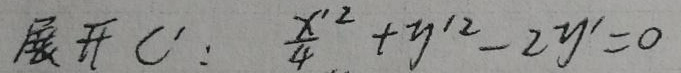
展开 \(C':\frac{x'^{2}}{4}+y'^{2}-2y' = 0\)